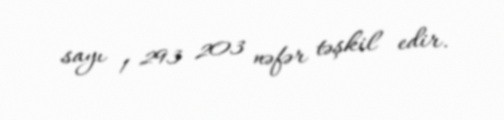
sayı 1 293 203 nəfər təşkil edir.